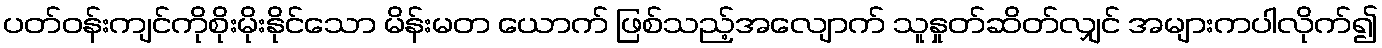
ပတ်ဝန်းကျင်ကိုစိုးမိုးနိုင်သော မိန်းမတ ယောက် ဖြစ်သည့်အလျောက် သူနှုတ်ဆိတ်လျှင် အများကပါလိုက်၍